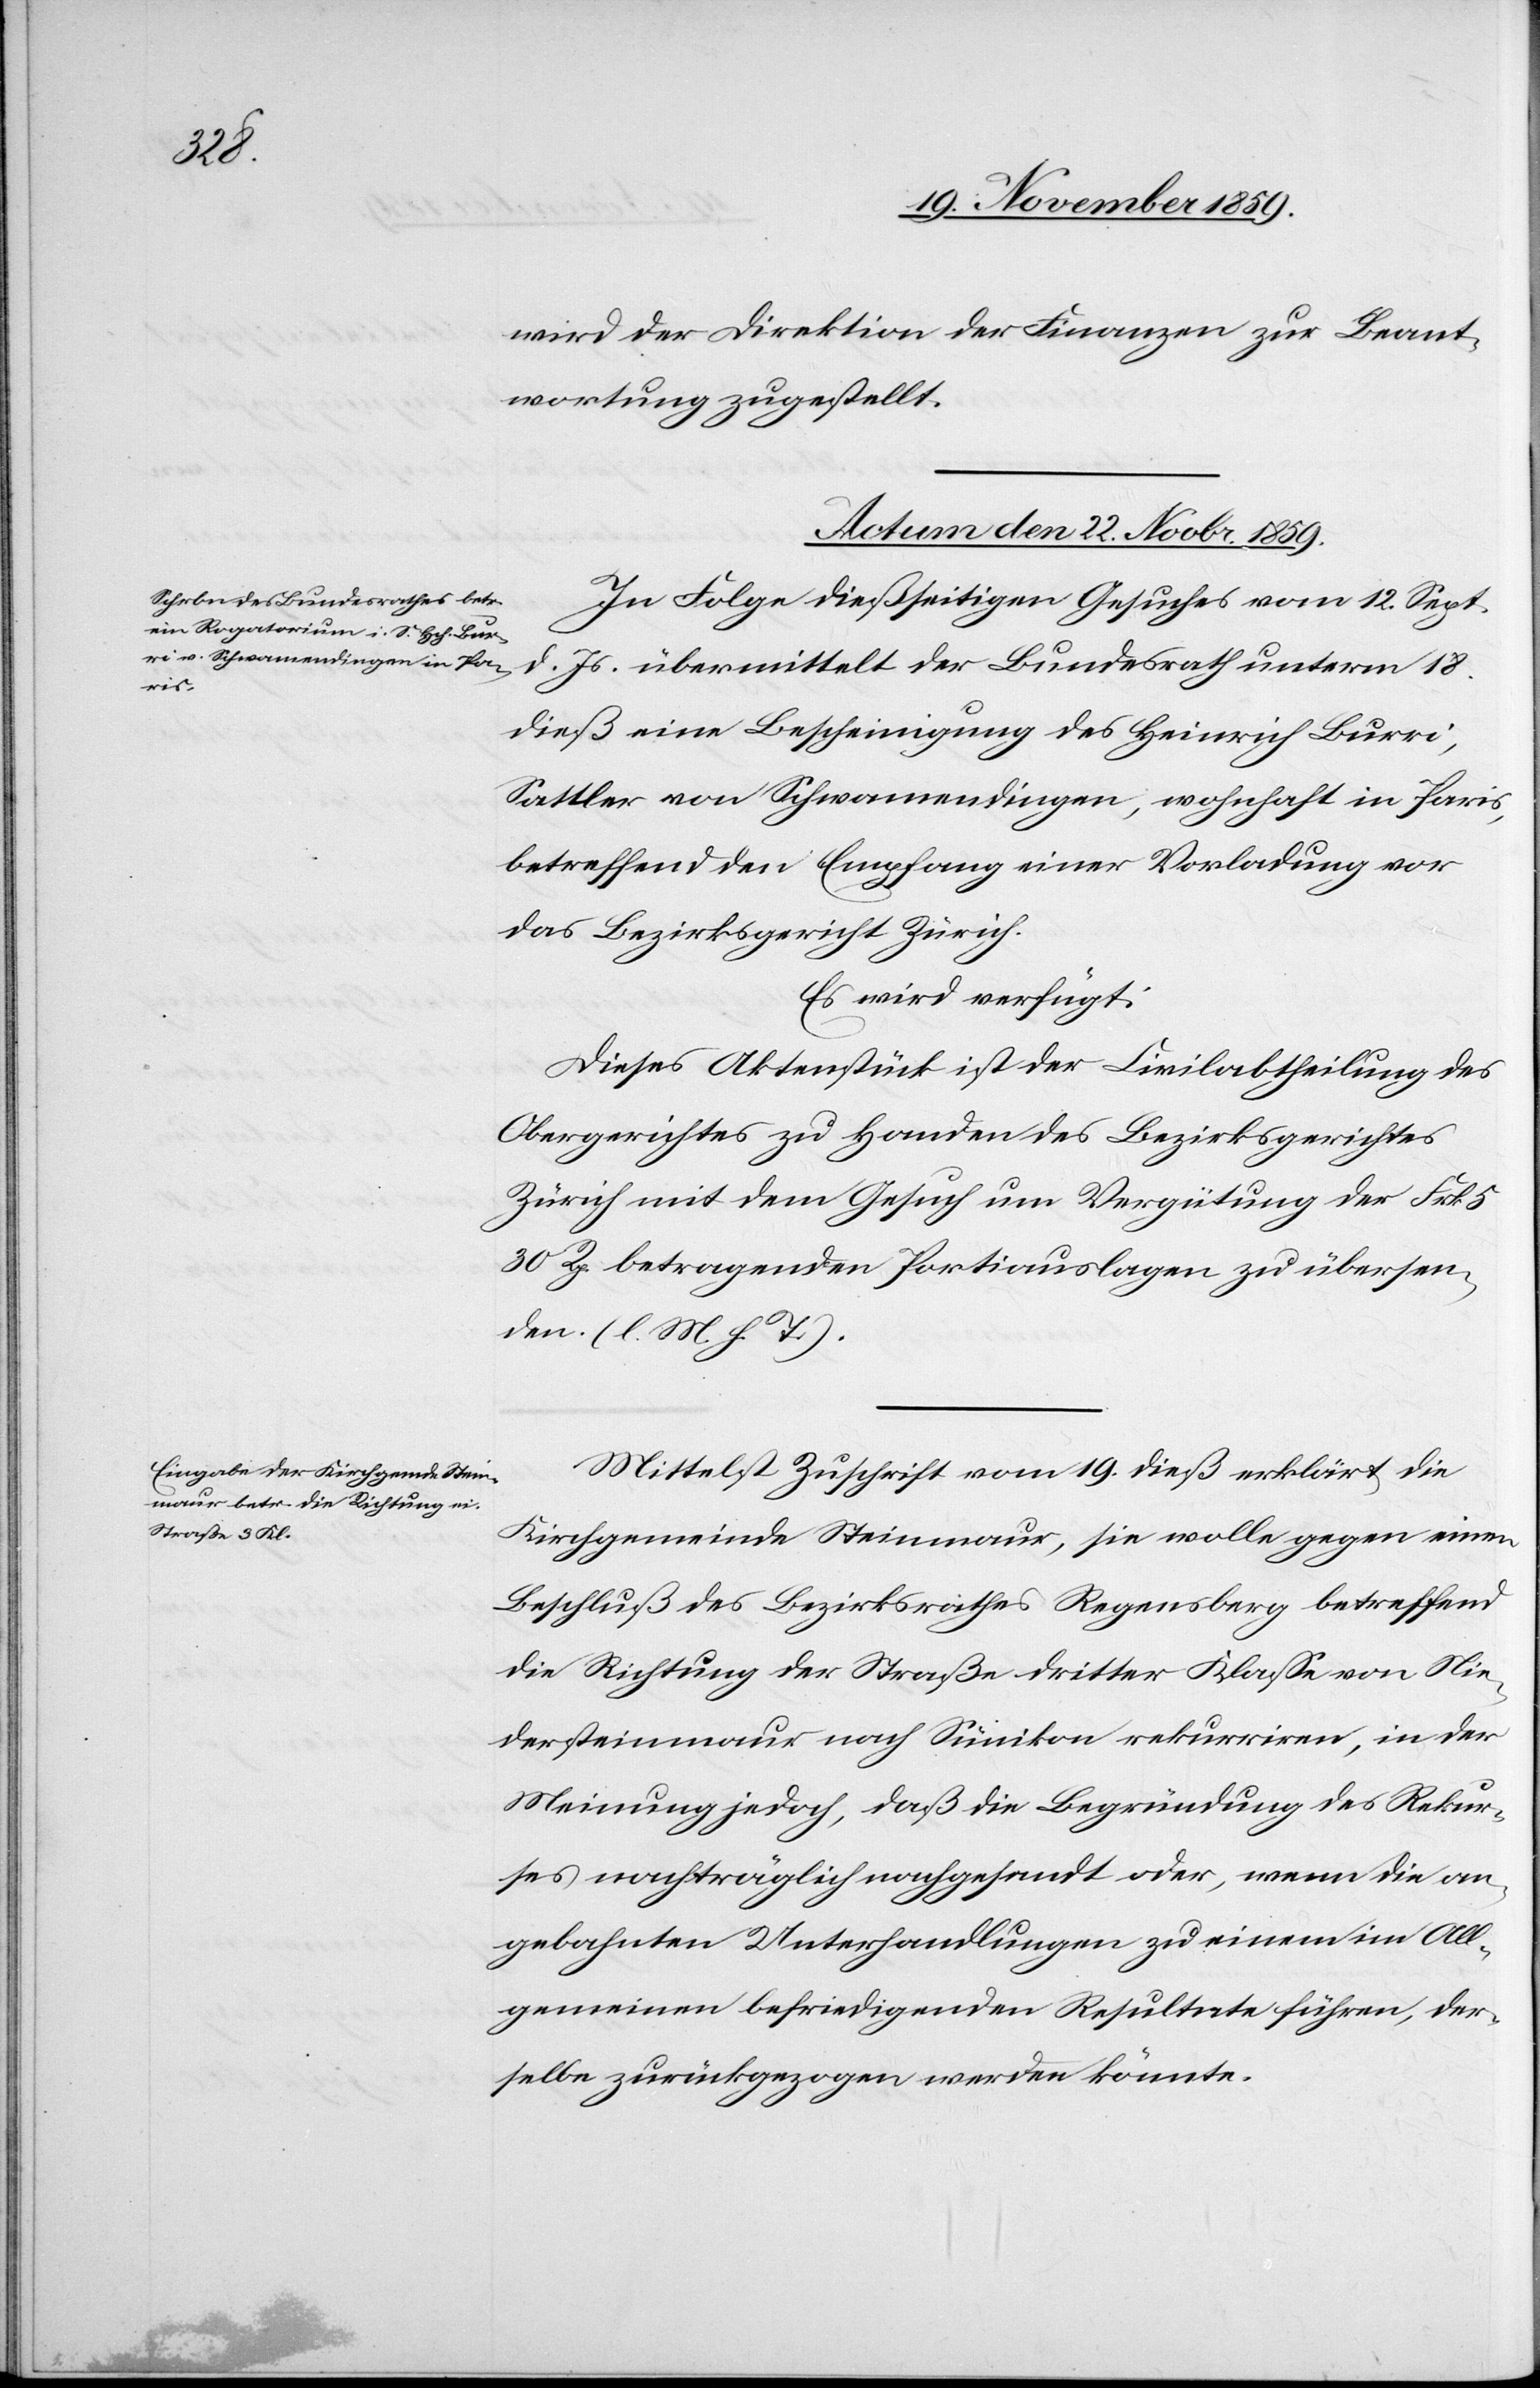
wird der Direktion der Finanzen zur Beant¬
wortung zugestellt.
Actum den 22. Novbr. 1859.]
In Folge dießseitigen Gesuches vom 12. Sept.
d. Js. übermittelt der Bundesrath unterm 18.
dieß eine Bescheinigung des Heinrich Burri,
Sattler von Schwamendingen, wohnhaft in Paris,
betreffend den Empfang einer Vorladung vor
das Bezirksgericht Zürich.
Es wird verfügt:
Dieses Aktenstück ist der Civilabtheilung des
Obergerichtes zu Handen des Bezirksgerichtes
Zürich mit dem Gesuch um Vergütung der Frk.
30 Rp. betragenden Portiauslagen zu übersen¬
den. (l. M. h. T.).
Mittelst Zuschrift vom 19. dieß erklärt die
Kirchgemeinde Steinmaur, sie wolle gegen einen
Beschluß des Bezirksrathes Regensberg betreffend
die Richtung der Straße dritter Klasse von Nie¬
dersteinmaur nach Sünikon rekurriren, in der
Meinung jedoch, daß die Begründung des Rekur¬
ses nachträglich nachgesandt oder, wenn die an¬
gebrachten Unterhandlungen zu einem im All¬
gemeinen befriedigenden Resultate führen, der¬
selbe zurückgezogen werden könnte.